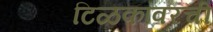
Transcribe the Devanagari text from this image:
टिळकांवरची